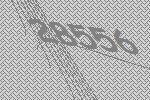
28556